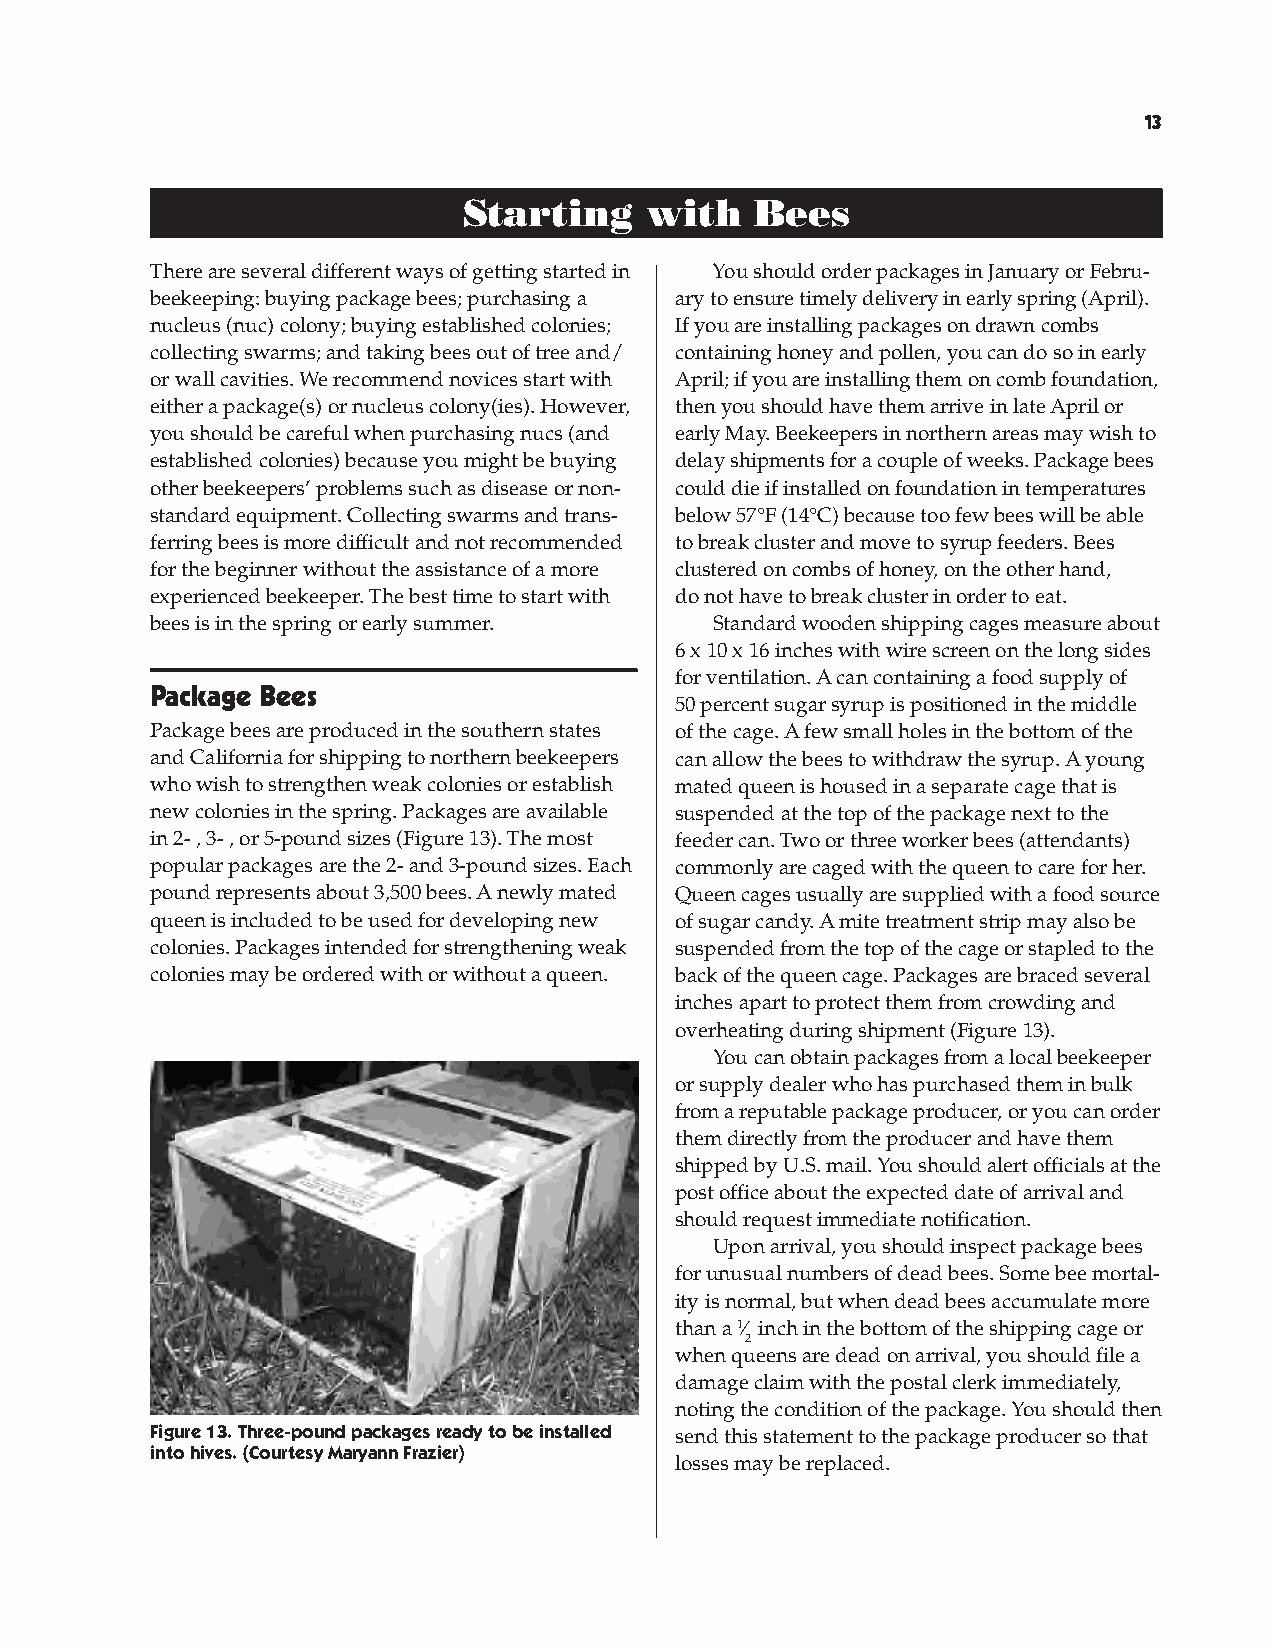
Starting with Bees ............................................................................................................................................................... 
 Starting    with   Bees
 There are several different ways of getting started in You should order packages in January or Febru-
 beekeeping: buying package bees; purchasing a ary to ensure timely delivery in early spring (April).
 nucleus (nuc) colony; buying established colonies; If you are installing packages on drawn combs
 collecting swarms; and taking bees out of tree and/ containing honey and pollen, you can do so in early
 or wall cavities. We recommend novices start with April; if you are installing them on comb foundation,
 either a package(s) or nucleus colony(ies). However, then you should have them arrive in late April or
 you should be careful when purchasing nucs (and early May. Beekeepers in northern areas may wish to
 established colonies) because you might be buying delay shipments for a couple of weeks. Package bees
 other beekeepers’ problems such as disease or non- could die if installed on foundation in temperatures
 standard equipment. Collecting swarms and trans- below 57°F (14°C) because too few bees will be able
 ferring bees is more difficult and not recommended to break cluster and move to syrup feeders. Bees
 for the beginner without the assistance of a more clustered on combs of honey, on the other hand,
 experienced beekeeper. The best time to start with do not have to break cluster in order to eat.
 bees is in the spring or early summer. Standard wooden shipping cages measure about
 6 x 10 x 16 inches with wire screen on the long sides
 for ventilation. A can containing a food supply of
 Package Bees
 50 percent sugar syrup is positioned in the middle
 Package bees are produced in the southern states of the cage. A few small holes in the bottom of the
 and California for shipping to northern beekeepers can allow the bees to withdraw the syrup. A young
 who wish to strengthen weak colonies or establish mated queen is housed in a separate cage that is
 new colonies in the spring. Packages are available suspended at the top of the package next to the
 in 2- , 3- , or 5-pound sizes (Figure 13). The most feeder can. Two or three worker bees (attendants)
 popular packages are the 2- and 3-pound sizes. Each commonly are caged with the queen to care for her.
 pound represents about 3,500 bees. A newly mated Queen cages usually are supplied with a food source
 queen is included to be used for developing new of sugar candy. A mite treatment strip may also be
 colonies. Packages intended for strengthening weak suspended from the top of the cage or stapled to the
 colonies may be ordered with or without a queen. back of the queen cage. Packages are braced several
 inches apart to protect them from crowding and
 overheating during shipment (Figure 13).
 You can obtain packages from a local beekeeper
 or supply dealer who has purchased them in bulk
 from a reputable package producer, or you can order
 them directly from the producer and have them
 shipped by U.S. mail. You should alert officials at the
 post office about the expected date of arrival and
 should request immediate notification.
 Upon arrival, you should inspect package bees
 for unusual numbers of dead bees. Some bee mortal-
 ity is normal, but when dead bees accumulate more
 than a 1⁄ inch in the bottom of the shipping cage or
 2
 when queens are dead on arrival, you should file a
 damage claim with the postal clerk immediately,
 noting the condition of the package. You should then
 Figure 13. Three-pound packages ready to be installed send this statement to the package producer so that
 into hives. (Courtesy Maryann Frazier)
 losses may be replaced.